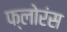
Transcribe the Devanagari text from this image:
फ्लोरंस